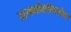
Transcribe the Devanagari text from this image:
डायनोसॉरबरोबर